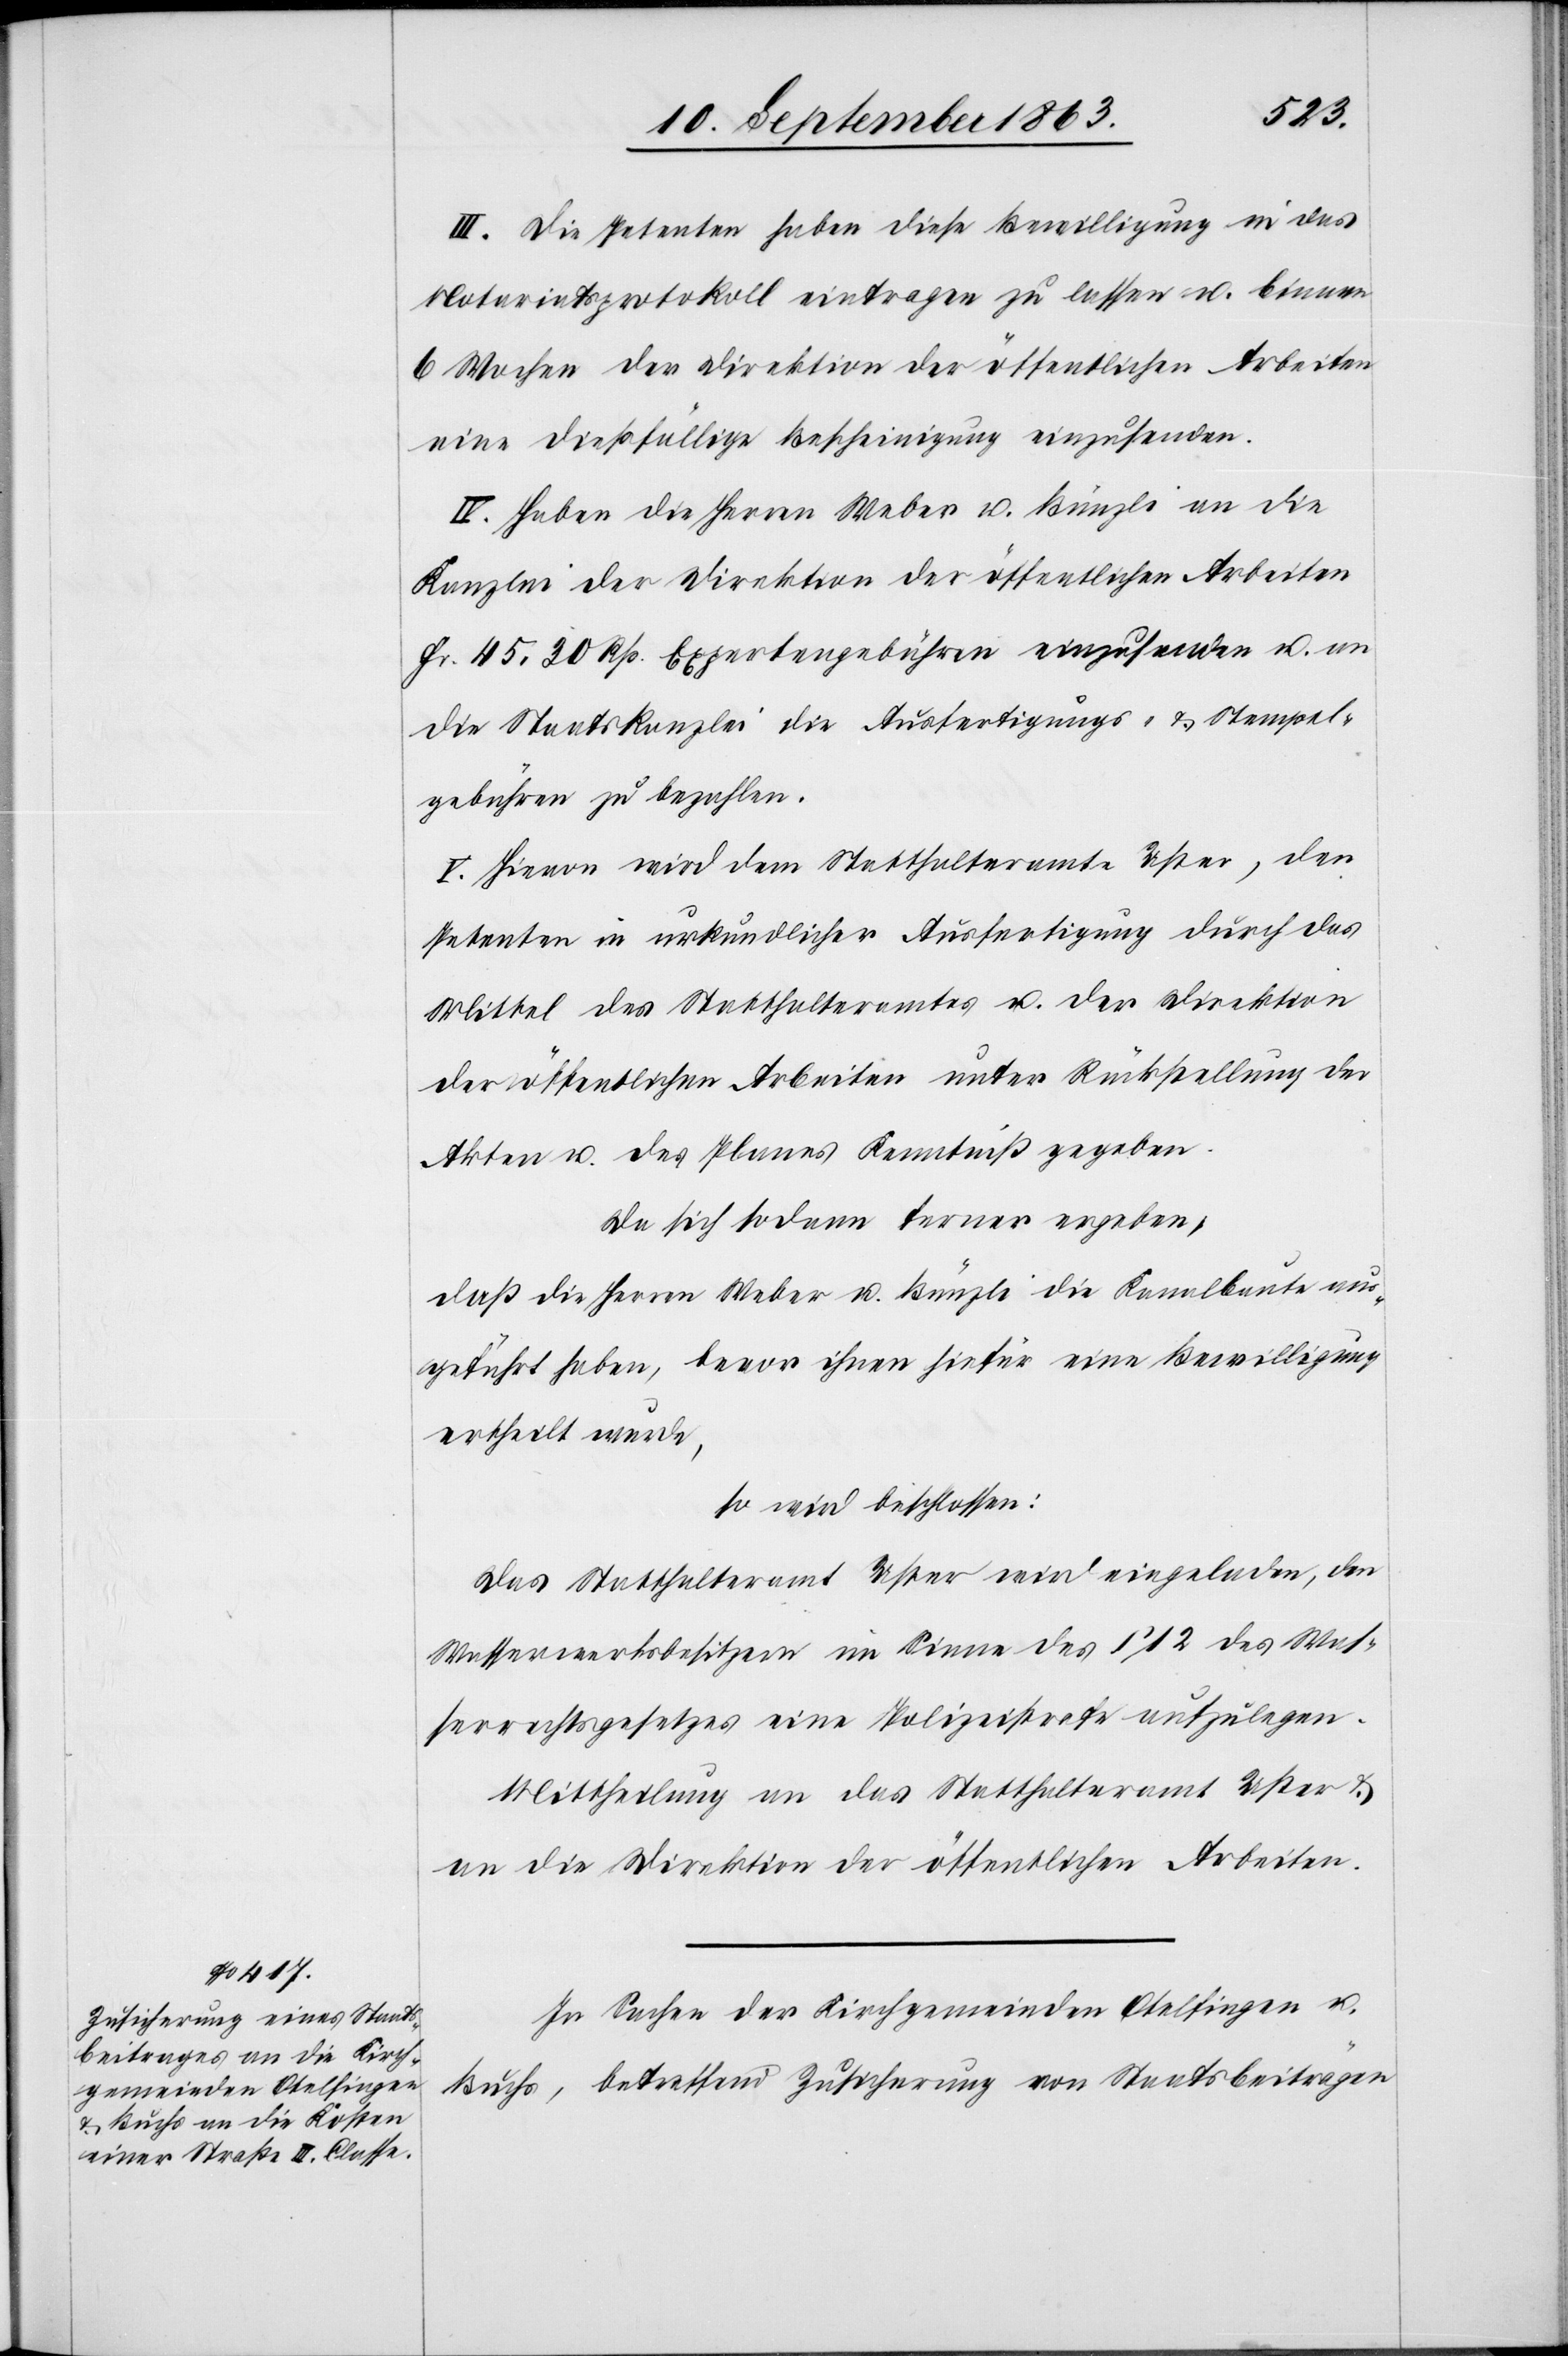
III. Die Petenten haben diese Bewilligung in das
Notariatsprotokoll eintragen zu lassen u. binnen
6 Wochen der Direktion der öffentlichen Arbeiten
eine dießfällige Bescheinigung einzusenden.
IV. Haben die Herren Weber u. Bünzli an die
Kanzlei der Direktion der öffentlichen Arbeiten
Fr. 45. 30 Rp. Expertengebühren einzusenden u. an
die Staatskanzlei die Ausfertigungs- & Stempel¬
gebühren zu bezahlen.
V. Hievon wird dem Statthalteramte Uster, den
Petenten in urkundlicher Ausfertigung durch das
Mittel des Statthalteramtes u. der Direktion
der öffentlichen Arbeiten unter Rückstellung der
Akten u. des Planes Kenntniß gegeben.
Da sich sodann ferner ergeben,
daß die Herren Weber u. Bünzli die Kanalbaute aus¬
geführt haben, bevor ihnen hiefür eine Bewilligung
ertheilt wurde,
so wird beschlossen:
Das Statthalteramt Uster wird eingeladen, den
Wasserwerksbesitzern im Sinne des § 12 des Was¬
serrechtsgesetzes eine Polizeistrafe aufzulegen.
Mittheilung an das Statthalteramt Uster &
an die Direktion der öffentlichen Arbeiten.
In Sachen der Kirchgemeinden Otelfingen u.
Buchs, betreffend Zusicherung von Staatsbeiträgen